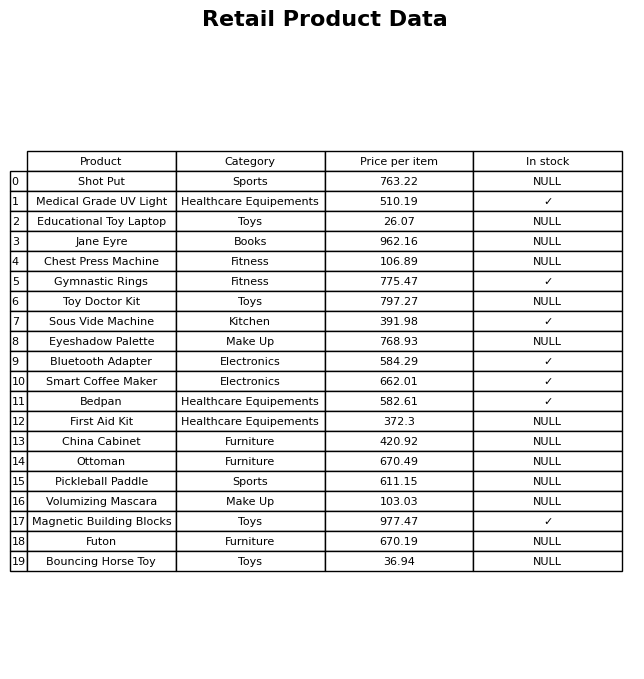
question: Is the Ottoman in stock?
answer: NULL